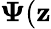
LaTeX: {\mathbf\Psi}(\mathbf{z}